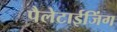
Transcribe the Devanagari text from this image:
पैलेटाईजिंग